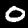
Label: 0